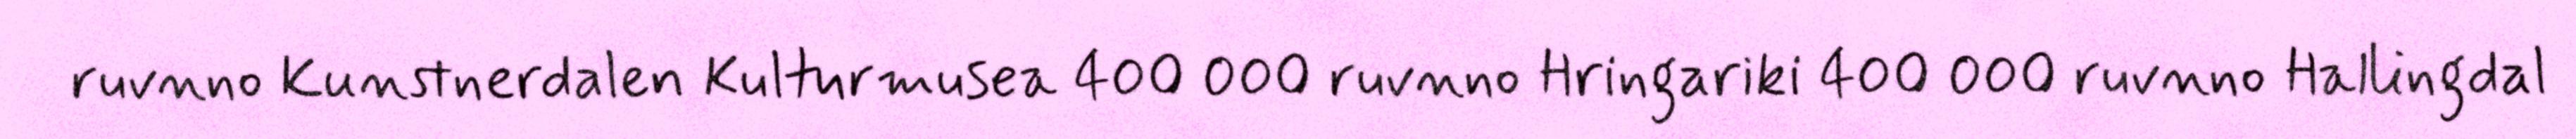
ruvnno Kunstnerdalen Kulturmusea 400 000 ruvnno Hringariki 400 000 ruvnno Hallingdal